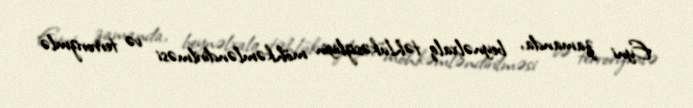
Eyni zamanda, beynəlxalq təhlükəsizliyin möhkəmləndirilməsi və terrorizmlə